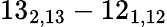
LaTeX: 13_{2,13}-12_{1,12}